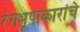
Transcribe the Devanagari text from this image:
रंगभूषाकारांचे